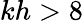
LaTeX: kh>8